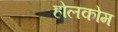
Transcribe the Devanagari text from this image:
होलकोम